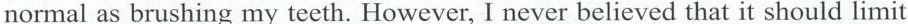
normal as brushing my teeth. However, I never believed that it should limit